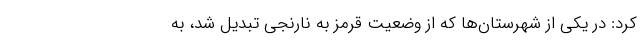
کرد: در یکی از شهرستان‌ها که از وضعیت قرمز به نارنجی تبدیل شد، به